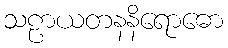
သဠာယတနနိရောဓော